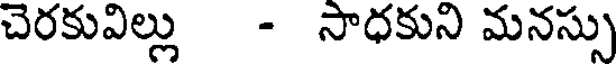
చెరకువిల్లు - సాధకుని మనస్సు